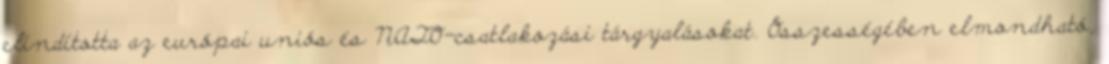
elindította az európai uniós és NATO-csatlakozási tárgyalásokat. Összességében elmondható,